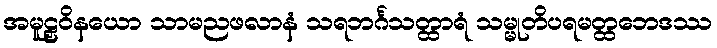
အမူဠှဝိနယော သာမညဖလာနံ သရဘင်္ဂသတ္ထာရံ သမ္မုတိပရမတ္ထဘေဒဿ